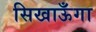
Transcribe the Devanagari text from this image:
सिखाऊँगा